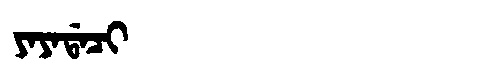
Manchu: ᠶᠠᠶᠠᡩᠠᠴᡳ
Romanization: YAYADACI